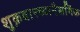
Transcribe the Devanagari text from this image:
शुक्रवारच्यानैसर्गिक